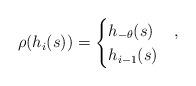
LaTeX: \begin{align*}\rho(h_i(s)) = \begin{cases}h_{-\theta}(s) & ,\\h_{i-1}(s) & \end{cases}\end{align*}